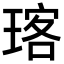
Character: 𪻽